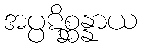
အပ္ပဋိစ္ဆန္နာယ